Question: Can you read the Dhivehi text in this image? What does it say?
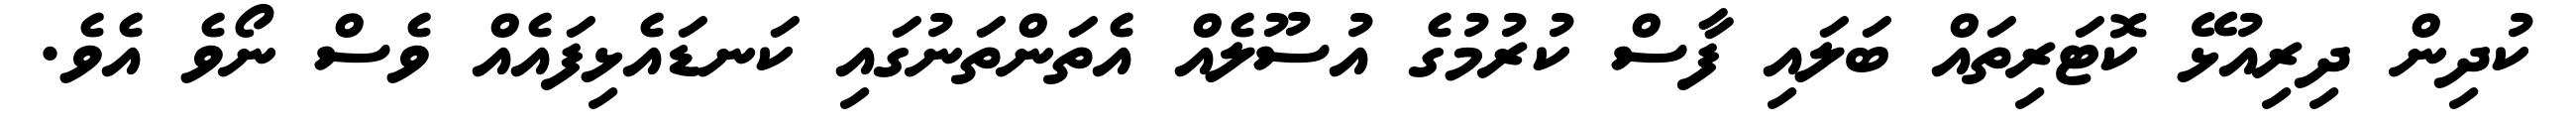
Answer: ކުދިން ދިރިއުޅޭ ކޮޓަރިތައް ބަލައި ފާސް ކުރުމުގެ އުސޫލެއް އެތަންތަނުގައި ކަނޑައެޅިފައެއް ވެސް ނޯވެ އެވެ.